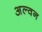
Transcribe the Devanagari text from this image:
अल्वन